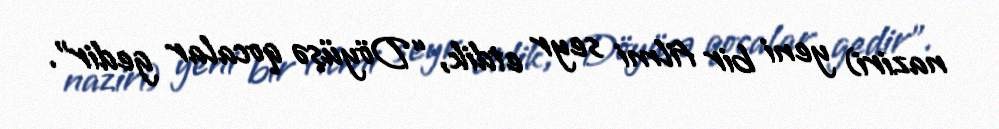
naziri) yeni bir filmi seyr etdik, “Döyüşə qocalar gedir”.